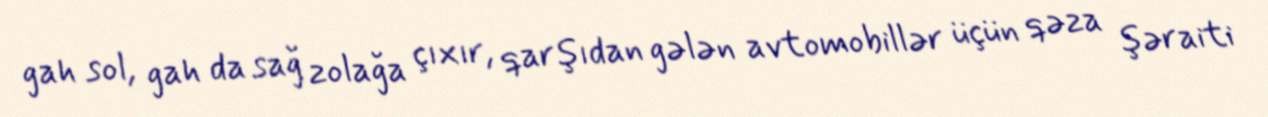
gah sol, gah da sağ zolağa çıxır, qarşıdan gələn avtomobillər üçün qəza şəraiti